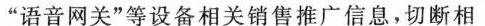
”语音网关”等设备相关销售推广信息，切断相